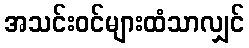
အသင်းဝင်များထံသာလျှင်